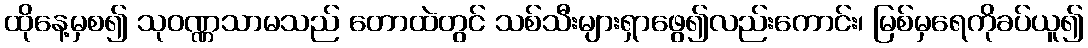
ထိုနေ့မှစ၍ သုဝဏ္ဏသာမသည် တောထဲတွင် သစ်သီးများရှာဖွေ၍လည်းကောင်း၊ မြစ်မှရေကိုခပ်ယူ၍